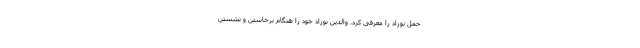
حمل نوزاد را معرفی کرد. والدین نوزاد خود را هنگام برخاستن و نشستن